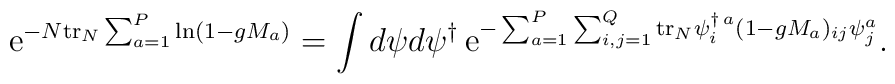
{\rm e}^{-N{\rm tr}_N\sum_{a=1}^P\ln(1-gM_a)}=\int d\psi d\psi^{\dagger} \, {\rm e}^{-\sum_{a=1}^P\sum_{i,j=1}^Q {\rm tr}_N\psi^{\dagger\,a}_i(1-gM_a)_{ij}\psi_j^a}.